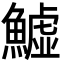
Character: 鱋